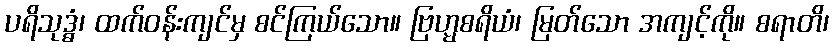
ပရိသုဒ္ဓံ၊ ထက်ဝန်းကျင်မှ စင်ကြယ်သော။ ဗြဟ္မစရိယံ၊ မြတ်သော အကျင့်ကို။ စရာတိ၊